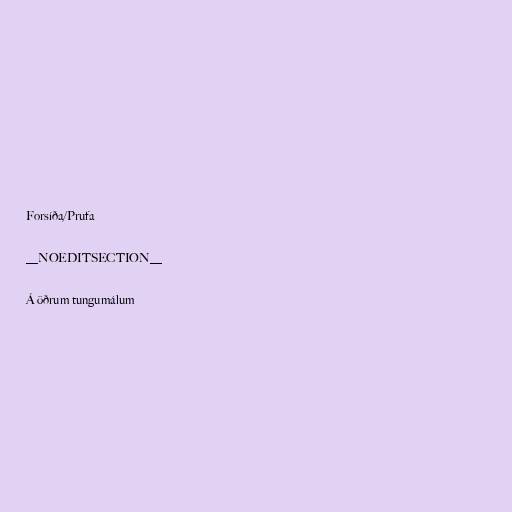
Forsíða/Prufa

__NOEDITSECTION__

Á öðrum tungumálum